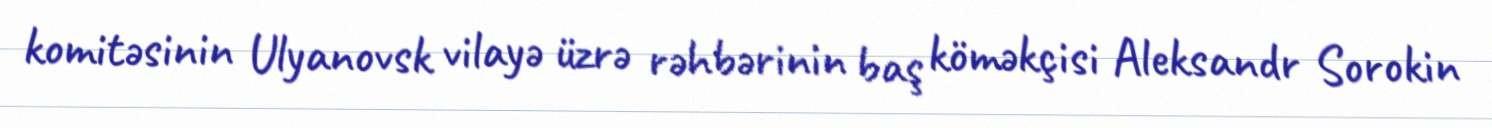
komitəsinin Ulyanovsk vilayə üzrə rəhbərinin baş köməkçisi Aleksandr Sorokin